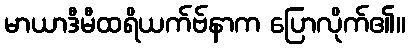
မာယာဒီမီထရိယက်ဗ်နာက ပြောလိုက်၏။